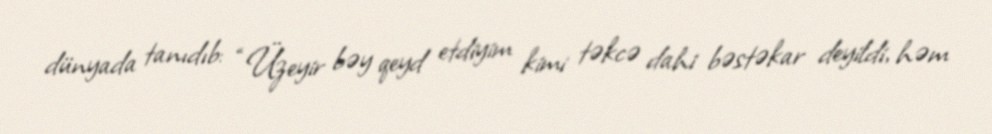
dünyada tanıdıb: “Üzeyir bəy qeyd etdiyim kimi təkcə dahi bəstəkar deyildi, həm